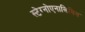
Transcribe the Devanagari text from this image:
स्टेग्नोएनालिसिस